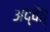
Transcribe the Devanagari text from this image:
अद्वैत्